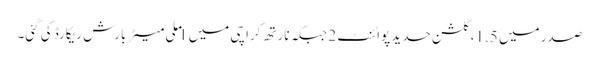
صدر میں 1.5، گلشن حدید پوائنٹ 2 جبکہ نارتھ کراچی میں 1 ملی میٹر بارش ریکارڈ کی گئی۔